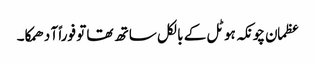
عظمان چونکہ ہوٹل کے بالکل ساتھ تھا تو فوراً آ دھمکا۔